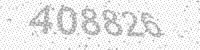
Solution: 408826